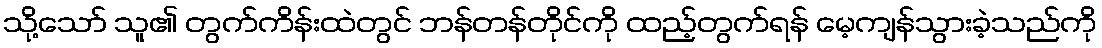
သို့သော် သူ၏ တွက်ကိန်းထဲတွင် ဘန်တန်တိုင်ကို ထည့်တွက်ရန် မေ့ကျန်သွားခဲ့သည်ကို